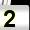
Digit: 2